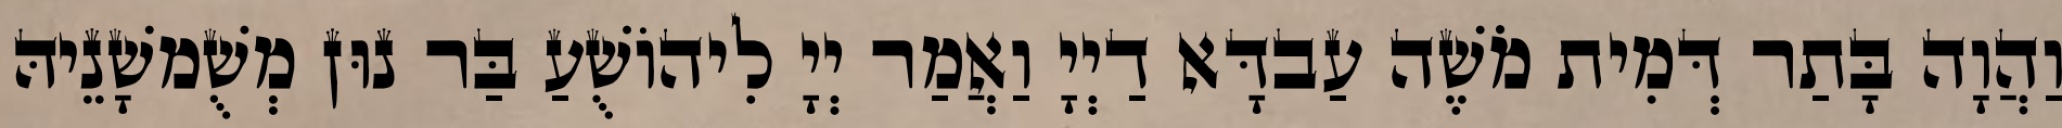
וַהֲוָה בָּתַר דְּמִית מֹשֶׁה עַבדָּא דַיְיָ וַאֲמַר יְיָ לִיהוֹשֻׁעַ בַּר נוּן מְשֻׁמשָׁנֵיהּ